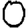
Digit: 0